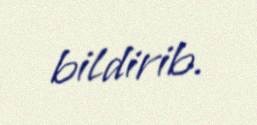
bildirib.